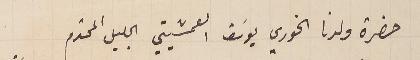
حضرة ولدنا الخوري يوسَف العمشيتي الجليل المحترم